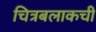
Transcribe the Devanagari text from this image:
चित्रबलाकची